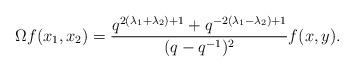
LaTeX: \begin{align*}\Omega f(x_{1},x_{2})=\frac{q^{2(\lambda_{1}+\lambda_{2})+1}+q^{-2(\lambda_{1}-\lambda_{2})+1}}{(q-q^{-1})^{2}}f(x,y).\end{align*}